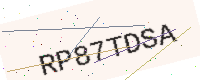
Text: RP87TDSA